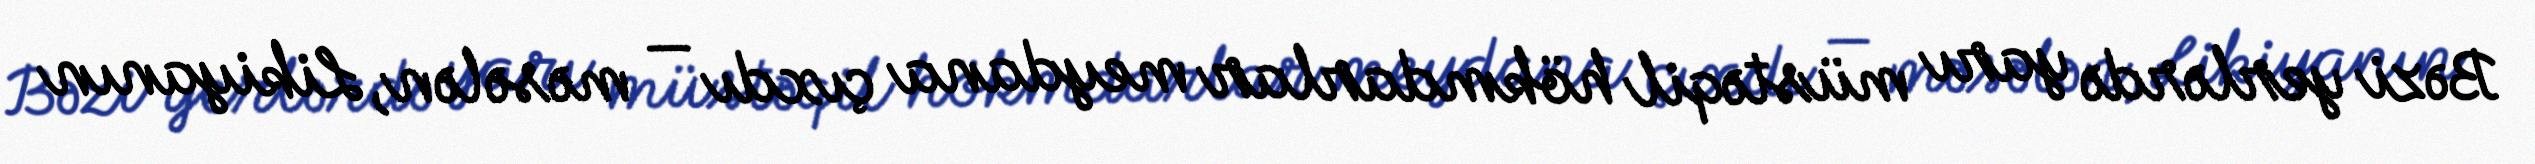
Bəzi yerlərdə yarı müstəqil hökmdarlar meydana çıxdı — məsələn, Likiyanın